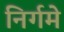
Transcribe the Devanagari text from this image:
निर्गमे